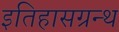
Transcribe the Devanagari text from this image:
इतिहासग्रन्थ